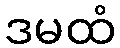
ဒမထံ